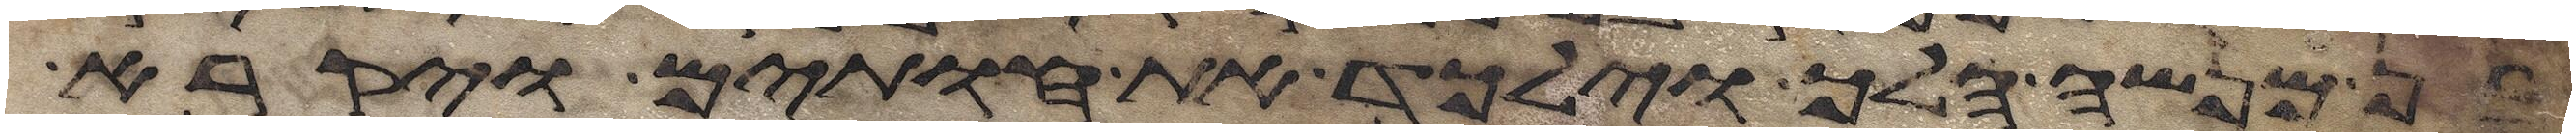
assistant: בן מנשה הלך וילכד את חותים ויקרא